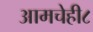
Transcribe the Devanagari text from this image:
आमचेही८